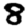
Digit: 8